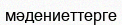
мәдениеттерге